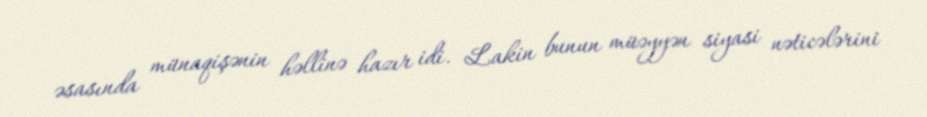
əsasında münaqişənin həllinə hazır idi. Lakin bunun müəyyən siyasi nəticələrini